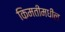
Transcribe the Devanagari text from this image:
किमतींमधील